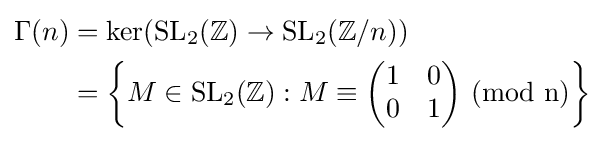
{\begin{aligned}\Gamma (n)&={\text{ker}}({\text{SL}}_{2}(\mathbb {Z} )\to {\text{SL}}_{2}(\mathbb {Z} /n))\\&=\left\{M\in {\text{SL}}_{2}(\mathbb {Z} ):M\equiv {\begin{pmatrix}1&0\\0&1\end{pmatrix}}{\text{ (mod n)}}\right\}\end{aligned}}